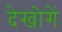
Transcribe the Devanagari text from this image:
देखोगें